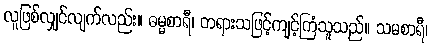
လူဖြစ်လျှင်လျက်လည်း။ ဓမ္မစာရီ၊ တရားသဖြင့်ကျင့်ကြံသူသည်။ သမစာရီ၊